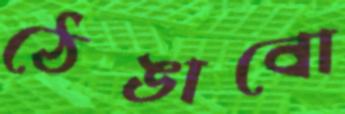
ঠেঙাবো